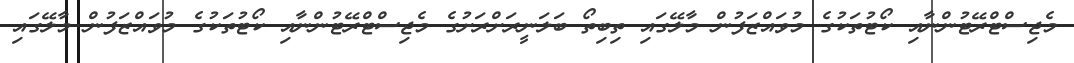
މެޖިސްޓްރޭޓުންނާއި ކޯޓުތަކުގެ މުވައްޒަފުން މާލޭގައި ތިބިތޯ ބަލަނީރަށްރަށުގެ މެޖިސްޓްރޭޓުންނާއި ކޯޓުތަކުގެ މުވައްޒަފުން މާލޭގައި